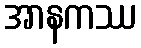
အာနကဿ